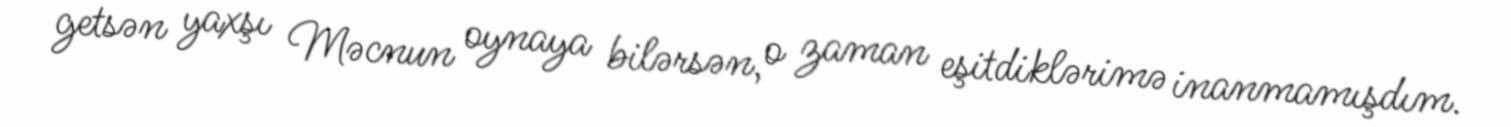
getsən yaxşı Məcnun oynaya bilərsən, o zaman eşitdiklərimə inanmamışdım.